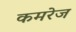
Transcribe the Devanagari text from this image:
कमरेज